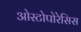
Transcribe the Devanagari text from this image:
ओस्टोपोरेसिस